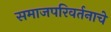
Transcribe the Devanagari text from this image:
समाजपरिवर्तनाचे